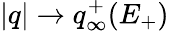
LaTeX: |q|\to q_{\infty}^{+}(E_{+})